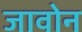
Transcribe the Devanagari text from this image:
जावोन